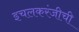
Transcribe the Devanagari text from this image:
इचलकरंजीची